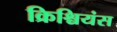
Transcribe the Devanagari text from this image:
क्रिश्चियंस